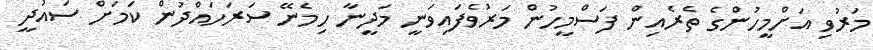
މަރުވި އަށްމީހުންގެ ތެރެއިން ފަސްމީހުން މަރުވެފައިވަނީ މަދީނާ ހިމެނޭ ސަރަހައްދުން ކަމަށް ސައުދީ